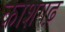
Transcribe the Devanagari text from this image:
काशगढ़